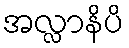
အလ္လာနိပိ